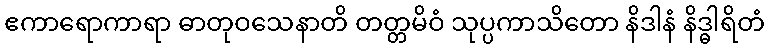
ဧကာရောကာရာ ဓာတုဝသေနာတိ တတ္တမိဝံ သုပ္ပကာသိတော နိဒါနံ နိဒ္ဓါရိတံ